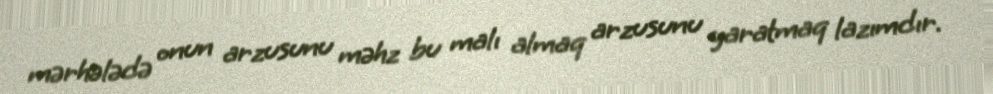
mərhələdə onun arzusunu məhz bu malı almaq arzusunu yaratmaq lazımdır.